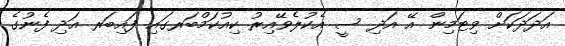
އަދަދަކަށް ވިޓަމިން އޭ އަދި ސީ އެކުލެވޭއިރު ކިއުކަމްބަރގައި ފައިބަރ އަދި ފެނުގެ